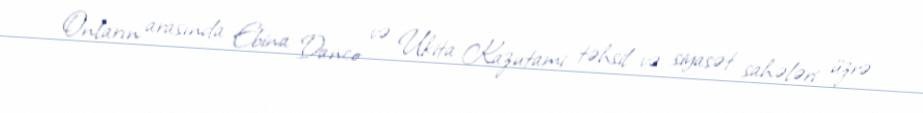
Onların arasında Ebina Danco və Ukita Kazutami təhsil və siyasət sahələri üzrə